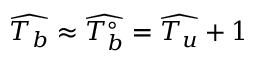
\widehat { T _ { b } } \approx \widehat { T _ { b } ^ { \circ } } = \widehat { T _ { u } } + 1